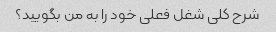
شرح کلی شغل فعلی خود را به من بگویید؟